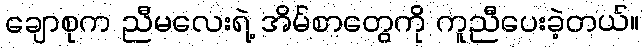
ချောစုက ညီမလေးရဲ့ အိမ်စာတွေကို ကူညီပေးခဲ့တယ်။